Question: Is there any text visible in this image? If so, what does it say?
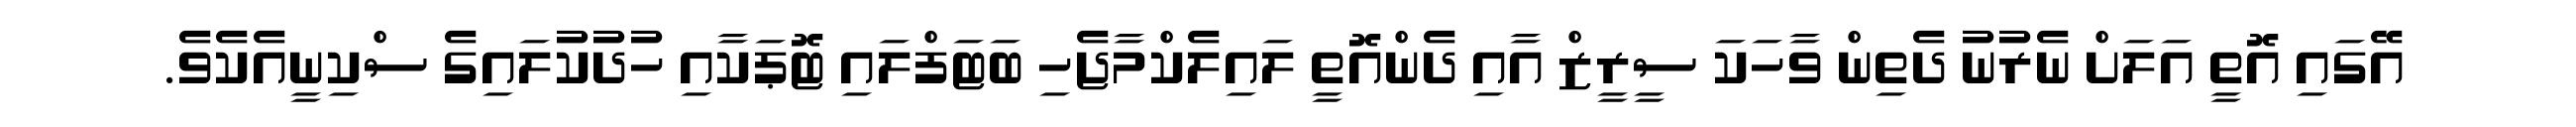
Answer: އޭގައި އޮތީ އަލަށް ނެރުނު ދެތިން ވާހަކަ ސީރީޒް އާއި ދެންއޮތީ ލައިލެކްމާޖެހި ބަޓަފްލައި ޓޮޕަކާއި ހުދުކުލައިގެ ސްކިނީއެކެވެ.